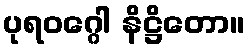
ပုရဝဂ္ဂေါ နိဋ္ဌိတော။